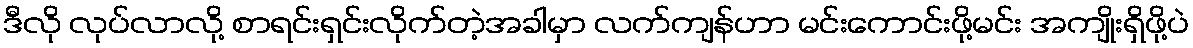
ဒီလို လုပ်လာလို့ စာရင်းရှင်းလိုက်တဲ့အခါမှာ လက်ကျန်ဟာ မင်းကောင်းဖို့မင်း အကျိုးရှိဖို့ပဲ